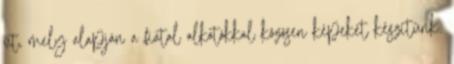
út, mely alapján a fiatal alkotókkal közösen képeket készítünk.